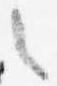
之